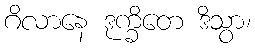
ဂိလာနေ ဒုက္ခိတေ ဒိသွာ၊